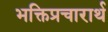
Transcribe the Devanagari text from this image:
भक्तिप्रचारार्थ